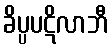
ခိပ္ပပဋိလာဘီ